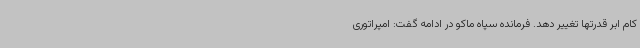
کام ابر قدرتها تغییر دهد. فرمانده سپاه ماکو در ادامه گفت: امپراتوری